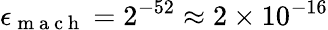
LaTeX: \epsilon_{\mathrm{~m~a~c~h~}}=2^{-52}\approx 2\times 10^{-16}